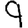
Digit: 9